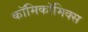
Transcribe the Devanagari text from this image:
काॅमिकॉमिक्स